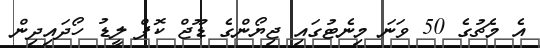
އެ މެޗުގެ 50 ވަނަ މިނެޓުގައި ޖިޔޯންގެ ޑޫޖް ކޮޕް ލީޑު ހޯދައިދިން